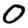
Digit: 0